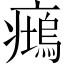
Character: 𱱧